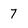
Character: 7